Report of the Municipal Commissioner on the plague in Bombay for the year ending 31st May... - Volume 1
Disease focus: Plague
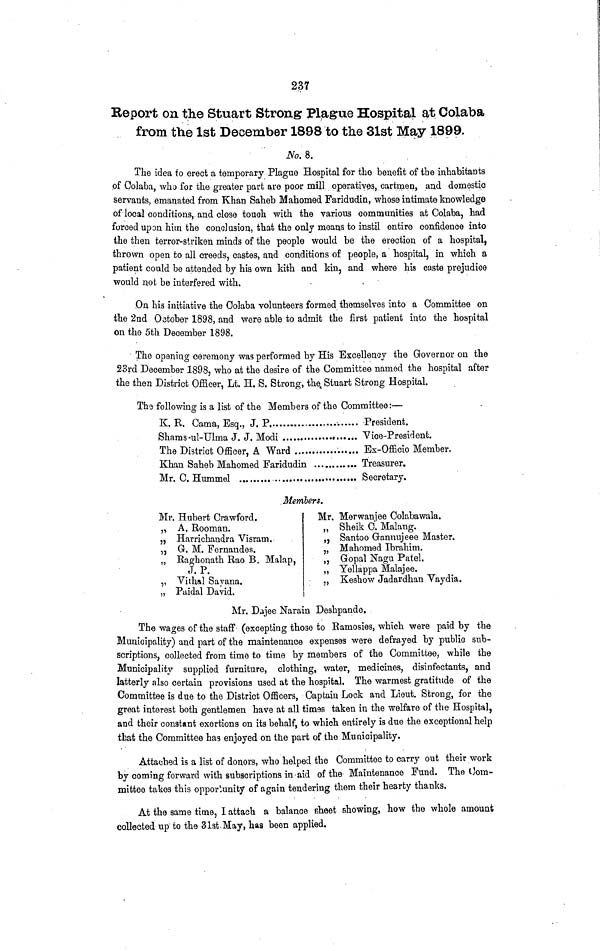
237
Report on the Stuart Strong Plague Hospital at Colaba
from the 1st December 1898 to the 31st May 1899
No. 8.
The idea to erect a temporary Plague Hospital for the benefit of the inhabitants
of Colaba, who for the greater part are poor mill operatives, cartmen, and domestic
servants, emanated from Khan Saheb Mahomed Faridudin, whose intimate knowledge
of local conditions, and close touch with the various communities at Colaba, had
forced upon him the conolusion, that the only moans to instil entire confidence into
the then terror-striken minds of the people would be the erection of a hospital,
thrown open to all creeds, castes, and conditions of people, a hospital, in which a
patient could be attended by his own kith and kin, and where his caste prejudice
would not be interfered with.
On his initiative the Colaba volunteers formed themselves into a Committee on
the 2nd Oatober 1898, and were able to admit the first patient into the hospital
on the 5th December 1898.
The opening ceremony was performed by His Excellency the Governor on the
23rd December 1898, who at the desire of the Committee named the hospital after
the then District Officer, Lt. H. S. Strong, the. Stuart Strong Hospital.
The following is a list of the Members of the Committee:—
K. R. Cama, Esq., J.
P
Shams -ul-Ulma J. J.
Modi
The District Officer, A Ward
Khan Saheb Mahomed Faridudin
Mr. C.
Hummel
President.
Vice-President.
Ex-Officio Member.
Treasurer.
Secretary.
Members.
Mr. Hubert Crawford.
„ A. Rooman.
„ Harri chandra Visram.
„ G. M. Fernandes.
„ Raghonath Rao B. Malap,
J. P.
Kutiyána
Kutiyána Vithal Sayana.
„ Paidal David.
Mr. Merwanjee Colabawala.
„ Sheik C. Malang.
„ Santoo Gannujeee Master.
„ Mahomed Ibrahim.
„ Gopal Nagu Patel.
„ Yellappa Malajee.
Kutiyána Keshow Jadardhan Vaydia.
Mr. Dajee Narain Deshpande.
The wages of the staff (excepting those to Ramosies, which were paid by the
Municipality) and part of the maintenance expenses were defrayed by public sub-
scriptions, collected from time to time by members of the Committee, while the
Municipality supplied furniture, clothing, water, medicines, disinfectants, and
latterly also certain provisions used at the hospital. The warmest gratitude of the
Committee is due to the District Officers, Captain Lock and Lieut. Strong, for the
great interest both gentlemen have at all times taken in the welfare of the Hospital,
and their constant exertions on its behalf, to which entirely is due the exceptional help
that the Committee has enjoyed on the part of the Municipality.
Attached is a list of donors, who helped the Committee to carry ont their work
by coming forward with subscriptions in aid of the Maintenance Fund. The Com-
mittee takes this opportunity of again tendering them their hearty thanks.
At the same time, I attach a balance sheet showing, how the whole amount
collected up to the 31st May, has been applied.